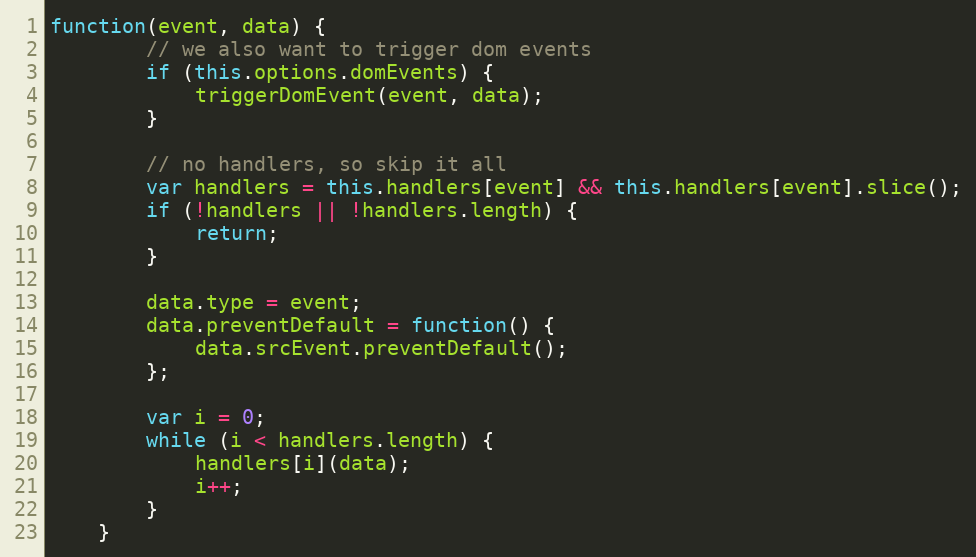
Language: JavaScript
function(event, data) {
        // we also want to trigger dom events
        if (this.options.domEvents) {
            triggerDomEvent(event, data);
        }

        // no handlers, so skip it all
        var handlers = this.handlers[event] && this.handlers[event].slice();
        if (!handlers || !handlers.length) {
            return;
        }

        data.type = event;
        data.preventDefault = function() {
            data.srcEvent.preventDefault();
        };

        var i = 0;
        while (i < handlers.length) {
            handlers[i](data);
            i++;
        }
    }